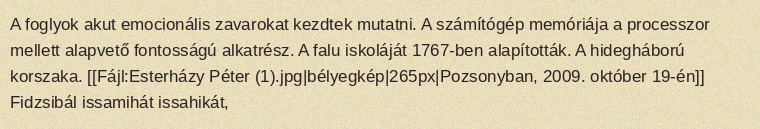
A foglyok akut emocionális zavarokat kezdtek mutatni. A számítógép memóriája a processzor mellett alapvető fontosságú alkatrész. A falu iskoláját 1767-ben alapították. A hidegháború korszaka. [[Fájl:Esterházy Péter (1).jpg|bélyegkép|265px|Pozsonyban, 2009. október 19-én]] Fidzsibál issamihát issahikát,